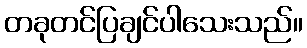
တခုတင်ပြချင်ပါသေးသည်။